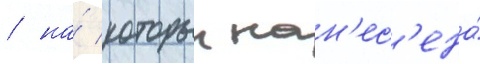
/ на́ которыи нан'ес'ена́